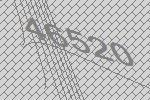
46520